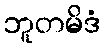
ဘူတမိဒံ